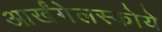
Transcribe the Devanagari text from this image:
आर्खंगेलस्कोये